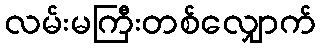
လမ်းမကြီးတစ်လျှောက်